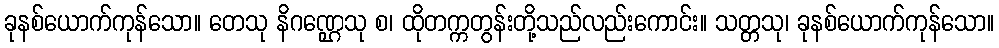
ခုနစ်ယောက်ကုန်သော။ တေသု နိဂဏ္ဌေသု စ၊ ထိုတက္ကတွန်းတို့သည်လည်းကောင်း။ သတ္တသု၊ ခုနစ်ယောက်ကုန်သော။